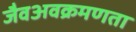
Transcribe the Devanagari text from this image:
जैवअवक्रमणता